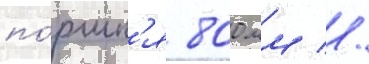
по́ршн'я 800 мм //